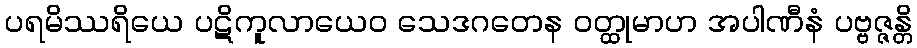
ပရမိဿရိယေ ပဋိကူလာယေဝ သေဒဂတေန ဝတ္ထုမာဟ အပါဏီနံ ပဗ္ဗဇ္ဇန္တိ